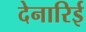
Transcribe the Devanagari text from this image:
देनारिई